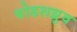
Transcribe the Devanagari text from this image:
षोडशध्रुव